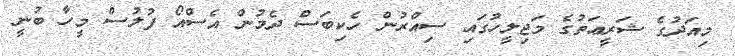
މިއަދުގެ ޝަރީޢަތުގެ މަޖިލީހުގައި ސިއްރުން ހެކިބަސް ދެމުން އެސްއޯ ފުލުސް މީހާ ބުނީ